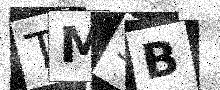
Text: TMSB